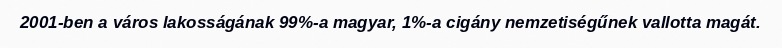
2001-ben a város lakosságának 99%-a magyar, 1%-a cigány nemzetiségűnek vallotta magát.